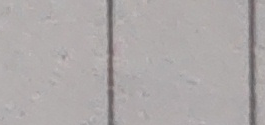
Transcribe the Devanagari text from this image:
आघर